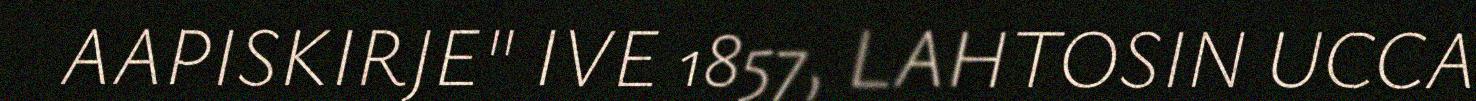
AAPISKIRJE" IVE 1857, LAHTOSIN UCCA